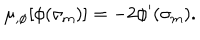
LaTeX: \mu _ { , \phi } [ \phi ( \sigma _ { \mathrm { m } } ) ] = - 2 \phi ^ { \prime } ( \sigma _ { \mathrm { m } } ) .